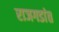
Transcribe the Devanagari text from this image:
राजगडांत